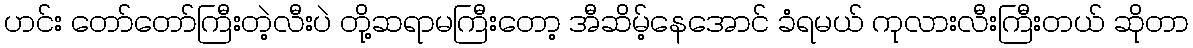
ဟင်း တော်တော်ကြီးတဲ့လီးပဲ တို့ဆရာမကြီးတော့ အီဆိမ့်နေအောင် ခံရမယ် ကုလားလီးကြီးတယ် ဆိုတာ